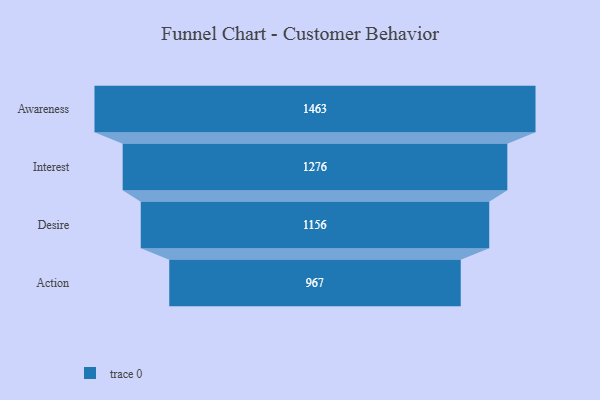
{"axis": {"x": "Stage", "y": "Value"}, "legend": [""], "data": [{"x": "Awareness", "y": 1463.0, "type": ""}, {"x": "Interest", "y": 1276.0, "type": ""}, {"x": "Desire", "y": 1156.0, "type": ""}, {"x": "Action", "y": 967.0, "type": ""}]}